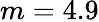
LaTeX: m=4.9